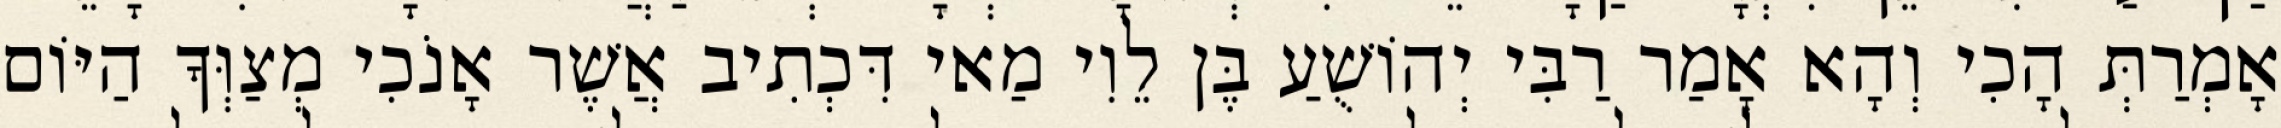
אָמְרַתְּ הָכִי וְהָא אָמַר רַבִּי יְהוֹשֻׁעַ בֶּן לֵוִי מַאי דִּכְתִיב אֲשֶׁר אָנֹכִי מְצַוְּךָ הַיּוֹם